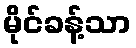
မိုင်ခန့်သာ